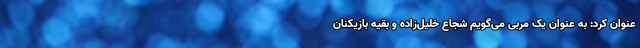
عنوان کرد: به عنوان یک مربی می‌گویم شجاع خلیل‌زاده و بقیه بازیکنان